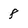
Character: 8